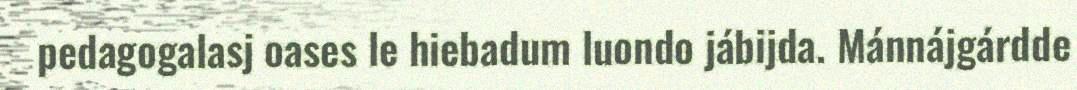
pedagogalasj oases le hiebadum luondo jábijda. Mánnájgárdde